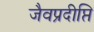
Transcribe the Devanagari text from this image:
जैवप्रदीप्ति